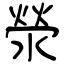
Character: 滎